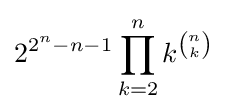
2^{2^{n}-n-1}\prod _{k=2}^{n}k^{n \choose k}